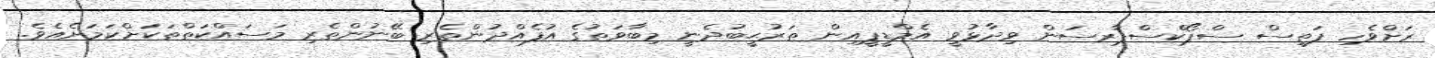
ރަށްވެހި ފަތިސް ސްޕޯކްސްޕާރސަން ވިދާޅުވީ އެމްޑީޕީއިން ތަރުޙީބުދެނީ މިބާވަތުގެ އުފެއްދުންތެރި ބޭނުންތެރި މަސައްކަތްތަކަށްކަމަށެއެވެ.